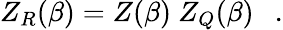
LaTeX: Z_{R}(\beta)=Z(\beta)~Z_{Q}(\beta)~~~.